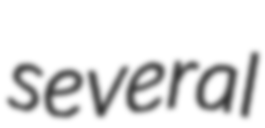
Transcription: several